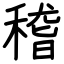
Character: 稽